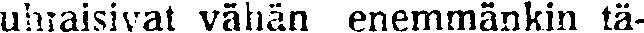
uhraisivat vähän enemmänkin tä-